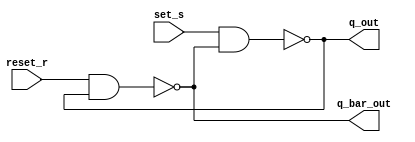
module unclocked_sr_gate(set_s,reset_r,q_out,q_bar_out);
input set_s;
input reset_r;
output q_out, q_bar_out;
nand obj(q_out,set_s,q_bar_out);
nand obj1(q_bar_out,reset_r,q_out);
endmodule